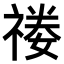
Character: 𥚿